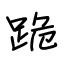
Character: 跪